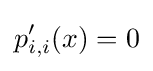
p'_{i,i}(x)=0